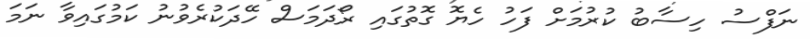
ނަފްސު ހިސާބު ކުރުމަށް ފަހު ހެޔޮ ގޮތުގައި ރޯދަމަސް ހޭދަކުރެވުނު ކަމުގައިވާ ނަމަ